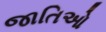
જાતિઓ